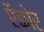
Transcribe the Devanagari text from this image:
ऍकोर